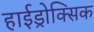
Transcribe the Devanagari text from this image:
हाईड्रोक्सिक